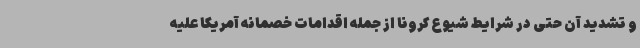
و تشدید آن حتی در شرایط شیوع کرونا از جمله اقدامات خصمانه آمریکا علیه